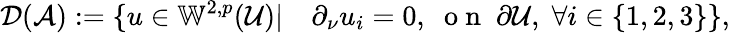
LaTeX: \mathcal{D}(\mathcal{A}):=\{ u\in\mathbb{W}^{2,p}(\mathcal{U})|\quad\partial_{\nu}u_{i}=0,\; \mathrm{~o~n~}\; \partial\mathcal{U},\; \forall i\in\{ 1,2,3\} \} ,